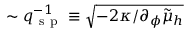
\sim q _ { \mathrm { ~ s ~ p ~ } } ^ { - 1 } \equiv \sqrt { - 2 \kappa / \partial _ { \phi } \tilde { \mu } _ { h } }